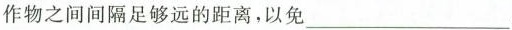
作物之间间隔足够远的距离，以免___。